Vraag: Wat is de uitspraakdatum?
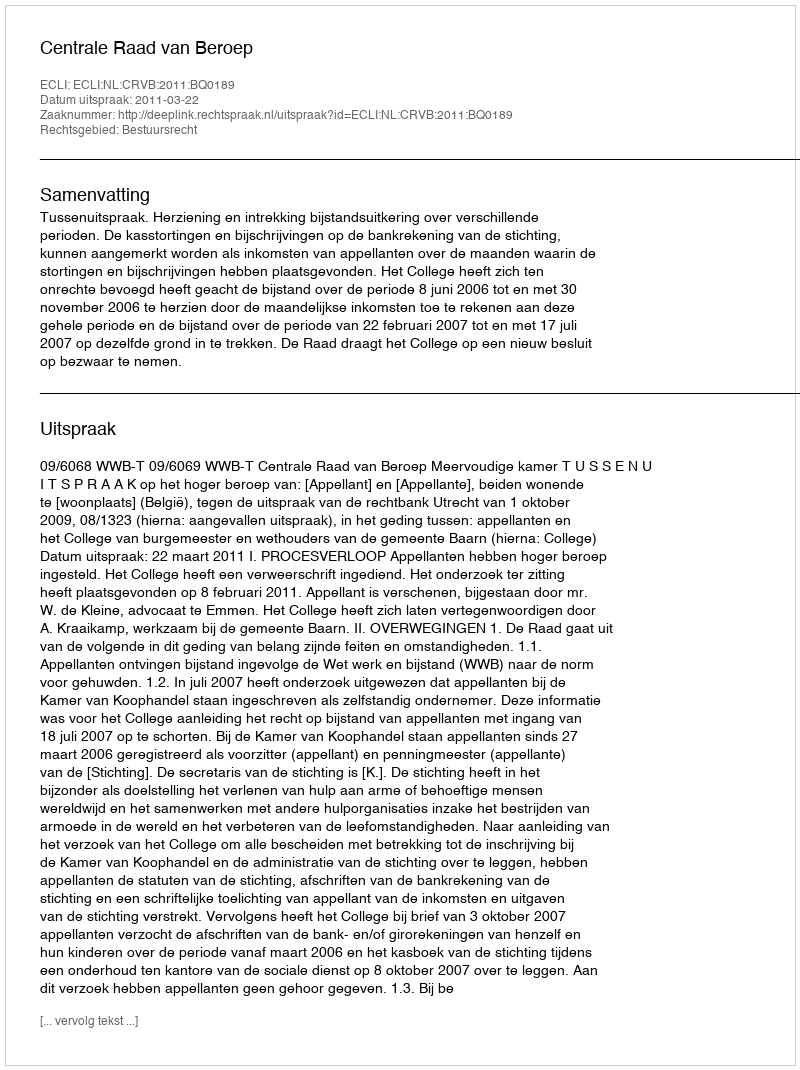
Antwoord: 2011-03-22